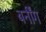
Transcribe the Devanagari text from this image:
बर्नींग